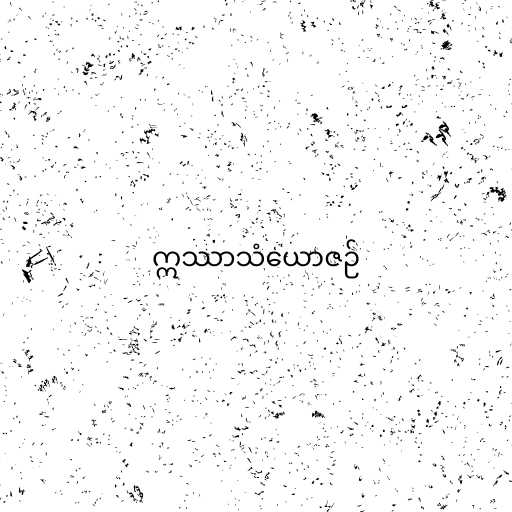
ဣဿာသံယောဇဉ်